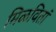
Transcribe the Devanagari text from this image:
मिळवितां